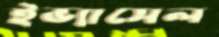
ইভ্যাসেল